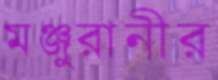
মঞ্জুরানীর